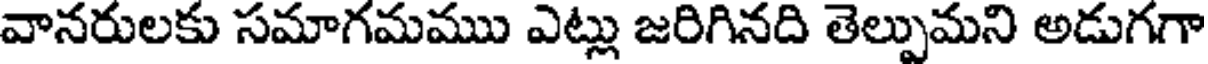
వానరులకు సమాగమము ఎట్లు జరిగినది తెల్పుమని అడుగగా